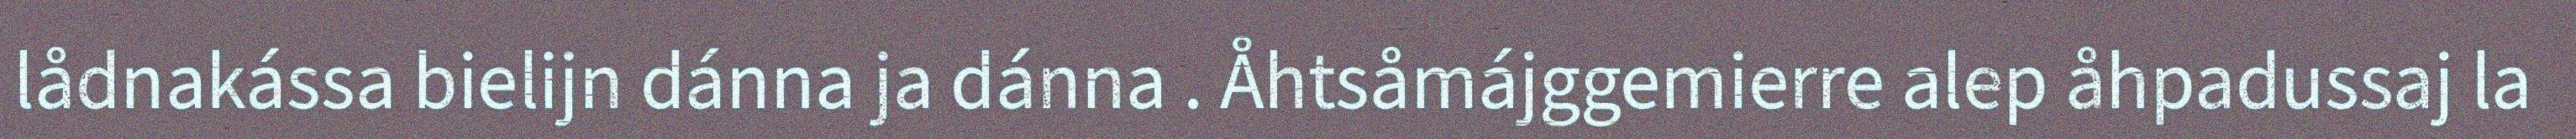
lådnakássa bielijn dánna ja dánna . Åhtsåmájggemierre alep åhpadussaj la